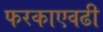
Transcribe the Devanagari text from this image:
फरकाएवढी